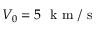
V _ { 0 } = 5 ~ \mathrm { ~ k ~ m ~ } / \mathrm { ~ s ~ }